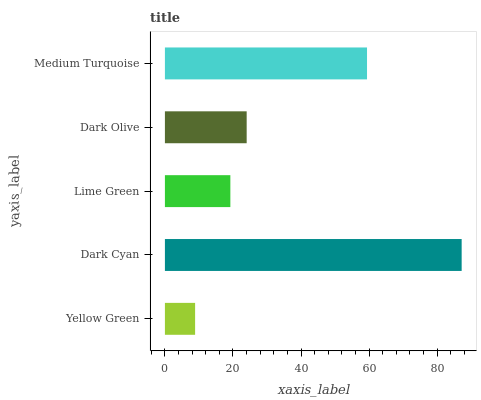
| yaxis_label | bars |
 | --- | --- |
 | Yellow Green | 8.87 |
 | Dark Cyan | 87.2 |
 | Lime Green | 19.2 |
 | Dark Olive | 24 |
 | Medium Turquoise | 59.4 |